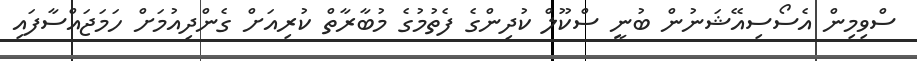
ސްވިމިން އެސޯސިއޭޝަނުން ބުނީ ސްކޫލް ކުދިންގެ ފެތުމުގެ މުބާރާތް ކުރިއަށް ގެންދިއުމަށް ހަމަޖައްސާފައި